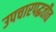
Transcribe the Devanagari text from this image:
उपचारपद्धतीत